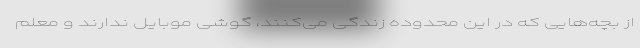
از بچه‌هایی که در این محدوده زندگی می‌کنند، گوشی موبایل ندارند و معلم